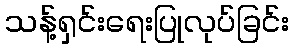
သန့်ရှင်းရေးပြုလုပ်ခြင်း